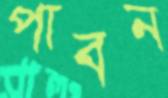
পাবন